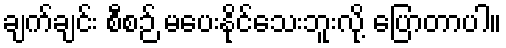
ချက်ချင်း စီစဉ် မပေးနိုင်သေးဘူးလို့ ပြောတာပါ။